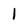
Character: 1